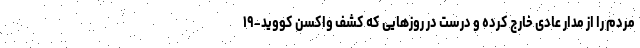
مردم را از مدار عادی خارج کرده و درست در روزهایی که کشف واکسن کووید-۱۹